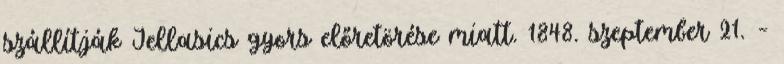
szállítják Jellasics gyors előretörése miatt. 1848. szeptember 21. –